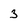
Character: 3